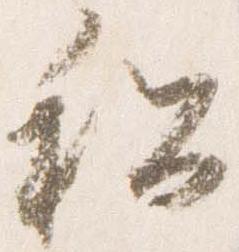
私